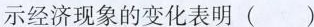
示经济现象的变化表明(）